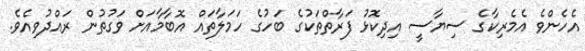
އެހެންވެ އެމެރިކާގެ ސިޔާސީ އިދިކޮޅު ފަރާތްތަކުގެ ބަހުގެ ހަމަލާތައް އޮބާމާއަށް ވަގުތުން ރައްދުވިއެވެ.